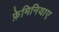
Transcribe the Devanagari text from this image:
फ़ेमिनियाए